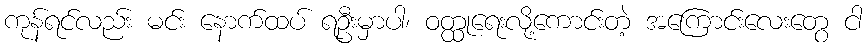
ကုန်ရင်လည်း မင်း နောက်ထပ် ရဦးမှာပါ၊ ဝတ္ထုရေးလို့ကောင်းတဲ့ အကြောင်းလေးတွေ ငါ